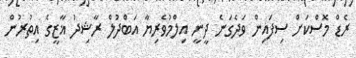
ރެޑް މޮސްކަށް ސިފައިން ވަދެގަނެ ދީނީ އިލްމުވެރިޔާ އަބްދުލް ރާޝިދު ޣާޒީގެ އިތުރުން